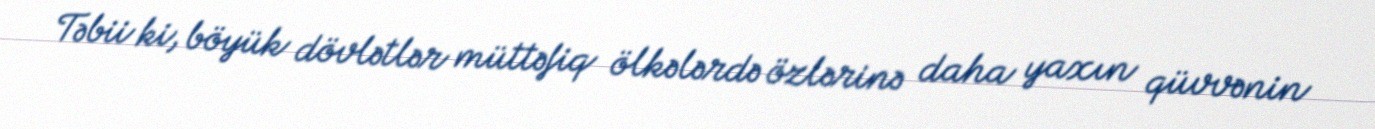
Təbii ki, böyük dövlətlər müttəfiq ölkələrdə özlərinə daha yaxın qüvvənin